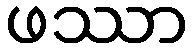
ဖဿာ